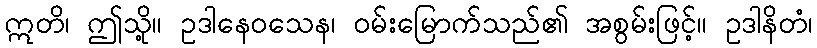
ဣတိ၊ ဤသို့။ ဥဒါနေဝသေန၊ ဝမ်းမြောက်သည်၏ အစွမ်းဖြင့်။ ဥဒါနိတံ၊